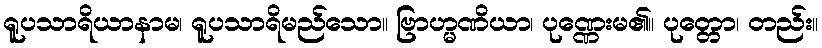
ရူပသာရိယာနာမ၊ ရူပသာရိမည်သော။ ဗြာဟ္မဏိယာ၊ ပုဏ္ဏေးမ၏။ ပုတ္တော၊ တည်း။